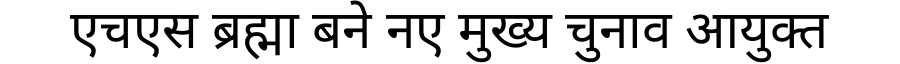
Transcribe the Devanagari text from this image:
एचएस ब्रह्मा बने नए मुख्य चुनाव आयुक्त